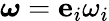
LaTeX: \boldsymbol\omega={\mathbf e}_{i}\omega_{i}